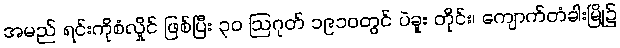
အမည် ရင်းကိုစံလှိုင် ဖြစ်ပြီး ၃၀ ဩဂုတ် ၁၉၁၀တွင် ပဲခူး တိုင်း၊ ကျောက်တံခါးမြို့၌